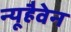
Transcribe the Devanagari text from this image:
न्यूहैवेन